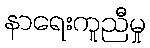
နာရေးကူညီမှု